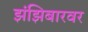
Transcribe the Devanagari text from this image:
झंझिबारवर